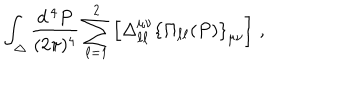
LaTeX: \int _ { \Delta } \frac { d ^ { \, 4 } P } { ( 2 \pi ) ^ { 4 } } \sum _ { \ell = 1 } ^ { 2 } \left[ \Delta _ { \ell \ell } ^ { \mu \nu } \left\{ \Pi _ { \ell \ell } ( P ) \right\} _ { \mu \nu } \right] \, ,